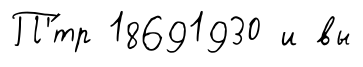
П'́тр 18691930 и вы